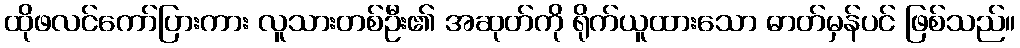
ထိုဖလင်ကော်ပြားကား လူသားတစ်ဦး၏ အဆုတ်ကို ရိုက်ယူထားသော ဓာတ်မှန်ပင် ဖြစ်သည်။